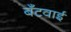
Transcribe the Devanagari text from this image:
बँटवाईं